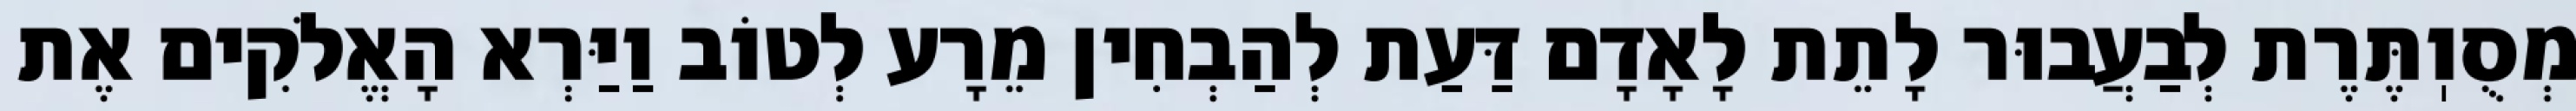
מְסֻוֽתֶּרֶת לְבַעֲבוּר לָתֵת לָאָדָם דַּעַת לְהַבְחִין מֵרָע לְטוֹב וַיַּרְא הָאֱלֹקִים אֶת